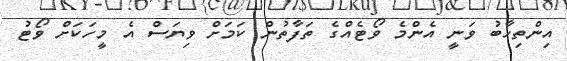
އިންތިހާބު ވަނީ އެންމެ ވޯޓެއްގެ ތަފާތުން ކަމަށް ވިޔަސް އެ މީހަކަށް ވޯޓު